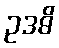
ဥဒဓိ